Annual report of the Punjab Veterinary College and of the Civil Veterinary Department, Punjab - 1920-1925
Year: 1920
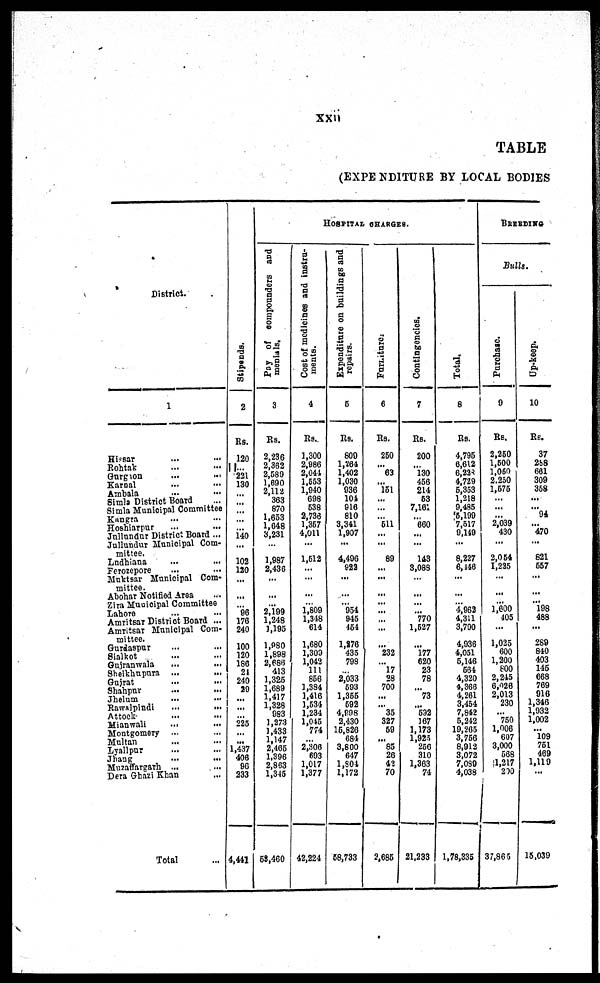
xxii
TABLE
(EXPENDITURE B Y LOCAL BODIES
District.
1
Hi ssar
... ...
Rohtak ... ... ... ...
Gur gaon ... ... ...
Karnal ... ... ... ...
Ambala ... ... ... ...
Si ml a District Boar d ... ... ...
Si ml a Muni ci pal Commi t t ee ... ...
Kangra ... ...
Hoshi arpur ... ...
Jul l undur District Boar d . . .
Jul l undur Muni ci pal Com-
mittee.
Ludhi ana ...
...
Ferozepore ... ...
Mukt sar Muni ci pal Com-
mittee.
Abohar Not i fi ed Ar ea ...
Zi ra Muni ci pal Commi t t ee
Lahore
...
Amri t sar District Boar d ...
Amritsar Municipal Com-
------
Gurdaspur ... ... ...
Si al kot
... ...
Guj r anwal a ... ...
Shei khupura ...
Gujrat ... ....
Shahpur . . . . . . . . . . . .
Jhel um
... ... ... ... ...
Rawal pi ndi ... ... ... ...
At t ock ... ... ... ...
Mi anwal i ... ... ...
Mont gomer y ...
Mul t an
... ... ...
Lyal l pur ...
...
Jhang . . . . . . . . .
Muzaf f ar gar h ... ... ...
Dera Ghazi Khan ... ... ...
Tot al ...
St i
pe nds .
2
Rs.
120
... 221
130 ... ... ... ...
140 ...
102
120
...
... 96
176 240
100
120
186 21
240
29 ...
...
...
225
...
...
1, 437 406 96
233
4, 441
HOSPI TAL CHARGES.
Pay
of compounders and
menials.
3
Rs.
2, 236
2, 362
2, 589
1,690
2,112 363 870
1, 653
1,648 3, 231
...
1,987
2, 436
...
... 2, 199
1, 248
1, 195
1, 980
1, 898
2, 686 413
1,325
1, 689
1, 417
1, 328 983
1, 273
1, 433
1, 147
2, 465
1, 396
2, 863
1, 345
58, 460
Cost of medicines and instru-
ments.
4
Rs.
1, 300
2, 986
2, 044
1,553
1,940 698 538
2, 736
1,357
4, 011
...
1,512
...
... 1, 809
1, 348 614
1, 680
1, 309
1, 042 111
856
1, 384
1, 416
1, 534
1,234
1, 045 774
...
2, 306 693
1, 017
1,377
42, 224
Expenditure on buildings and
repairs.
5
Rs .
809
1, 264
1, 402
1,030
936 104 916 810
3,341 1, 907
...
4,496 922
...
... 954
945 454
1, 276
435 798
2, 033
... 593
1, 355
592
4,908
2, 430
15, 826
684
3, 800 647
1,804
1,172
58, 733
Fur ni t
ur e .
6
Rs.
250
... 63
...
151
...
... ...
511
...
...
89
...
...
... ...
... ...
... 232
... 17 28
700
...
... 35
327 59
... 85 26
42
70
2, 685
Co n tin
g e n c ie
s
.
7
Rs.
200
... 130
456
214 53
7, 161
...
660
...
143
3, 083
...
... ...
770
1, 527
...
177
620 23
78
... 73
... 592
167
1, 173
1,925
256 310
1,363
74
21, 233
Total.
8
Rs .
4, 795
6, 612
6, 233
4,729
5,353 1, 218
9, 485
15,199
7,517 9, 149
...
8,227 6, 446
...
... 4, 962
4, 311
3, 790
4, 936
4, 051
5, 146
564
4,320 4, 366
4, 261
3, 454
7,842
5, 242
19, 265
3,756
8, 912
3, 072
7,089
4,038
1, 78, 335
BREEDING
Bulls.
Purchase.
9
Rs.
2, 250
1, 600
1, 050
2,250
1,575
.. .. ...
2,039 430
...
2,054 1, 225
...
...
1,600
405
...
1, 025
600
1, 200
800
2,215 6, 026
2, 013
230
... 750
1, 006
607
3, 000 568
1,217
200
37, 865
Up-keep.
10
Rs.
37
288 661
309
358
... ...
94
470
...
821 657
...
... 198
488
...
289
840
403145
145
668 769
916
1, 346
1,932
1, 002 109 ...
751 469
1,119
...
15, 039